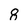
Character: 8